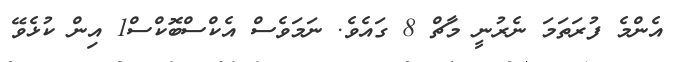
އެންމެ ފުރަތަމަ ނެރުނީ މާޗް 8 ގައެވެ. ނަމަވެސް އެކްސްބޮކްސް1 އިން ކުޅެވޭ